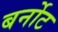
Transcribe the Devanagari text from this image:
बर्नोट